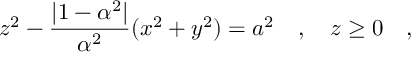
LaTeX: z ^ { 2 } - { \frac { | 1 - \alpha ^ { 2 } | } { \alpha ^ { 2 } } } ( x ^ { 2 } + y ^ { 2 } ) = a ^ { 2 } ~ ~ ~ , ~ ~ ~ z \ge 0 ~ ~ ~ ,